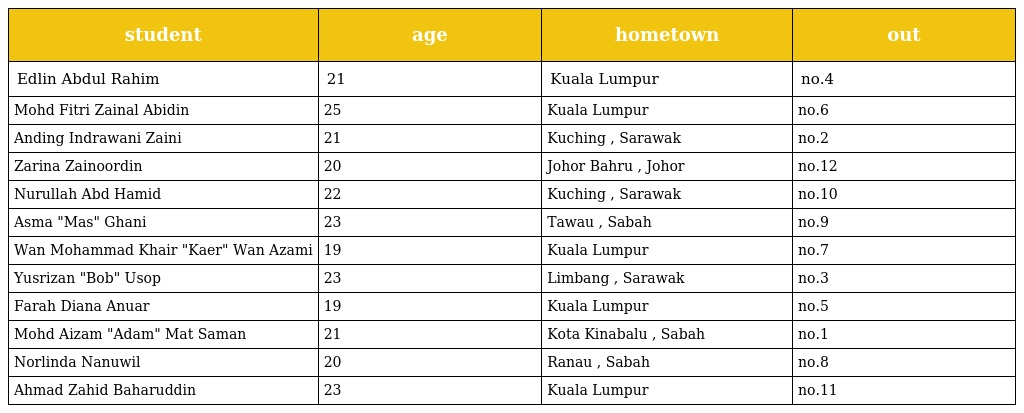
| student | age | hometown | out |
 | --- | --- | --- | --- |
 | Edlin Abdul Rahim | 21 | Kuala Lumpur | no.4 |
 | Mohd Fitri Zainal Abidin | 25 | Kuala Lumpur | no.6 |
 | Anding Indrawani Zaini | 21 | Kuching , Sarawak | no.2 |
 | Zarina Zainoordin | 20 | Johor Bahru , Johor | no.12 |
 | Nurullah Abd Hamid | 22 | Kuching , Sarawak | no.10 |
 | Asma "Mas" Ghani | 23 | Tawau , Sabah | no.9 |
 | Wan Mohammad Khair "Kaer" Wan Azami | 19 | Kuala Lumpur | no.7 |
 | Yusrizan "Bob" Usop | 23 | Limbang , Sarawak | no.3 |
 | Farah Diana Anuar | 19 | Kuala Lumpur | no.5 |
 | Mohd Aizam "Adam" Mat Saman | 21 | Kota Kinabalu , Sabah | no.1 |
 | Norlinda Nanuwil | 20 | Ranau , Sabah | no.8 |
 | Ahmad Zahid Baharuddin | 23 | Kuala Lumpur | no.11 |